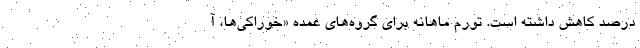
درصد کاهش داشته است. تورم ماهانه برای گروه‌های عمده «خوراکی‌ها، آ